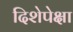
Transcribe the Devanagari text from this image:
दिशेपेक्षा